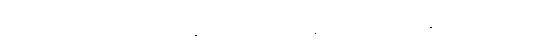
နေရာအရပ်ဖြစ်သော။ ဘောက္ကန္တဂါမမေဝ၊ ဘောက္ကန္တရွာသို့သာလျှင်။ ဂန္တွာ၊ သွား၍။ တတ္ထ၊